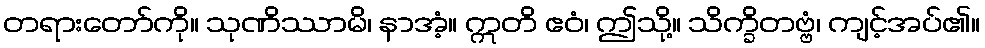
တရားတော်ကို။ သုဏိဿာမိ၊ နာအံ့။ ဣတိ ဧဝံ၊ ဤသို့။ သိက္ခိတဗ္ဗံ၊ ကျင့်အပ်၏။